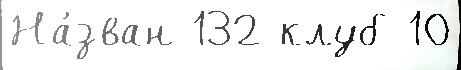
На́зван 132 клуб 10